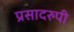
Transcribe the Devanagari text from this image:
प्रसादरुपी